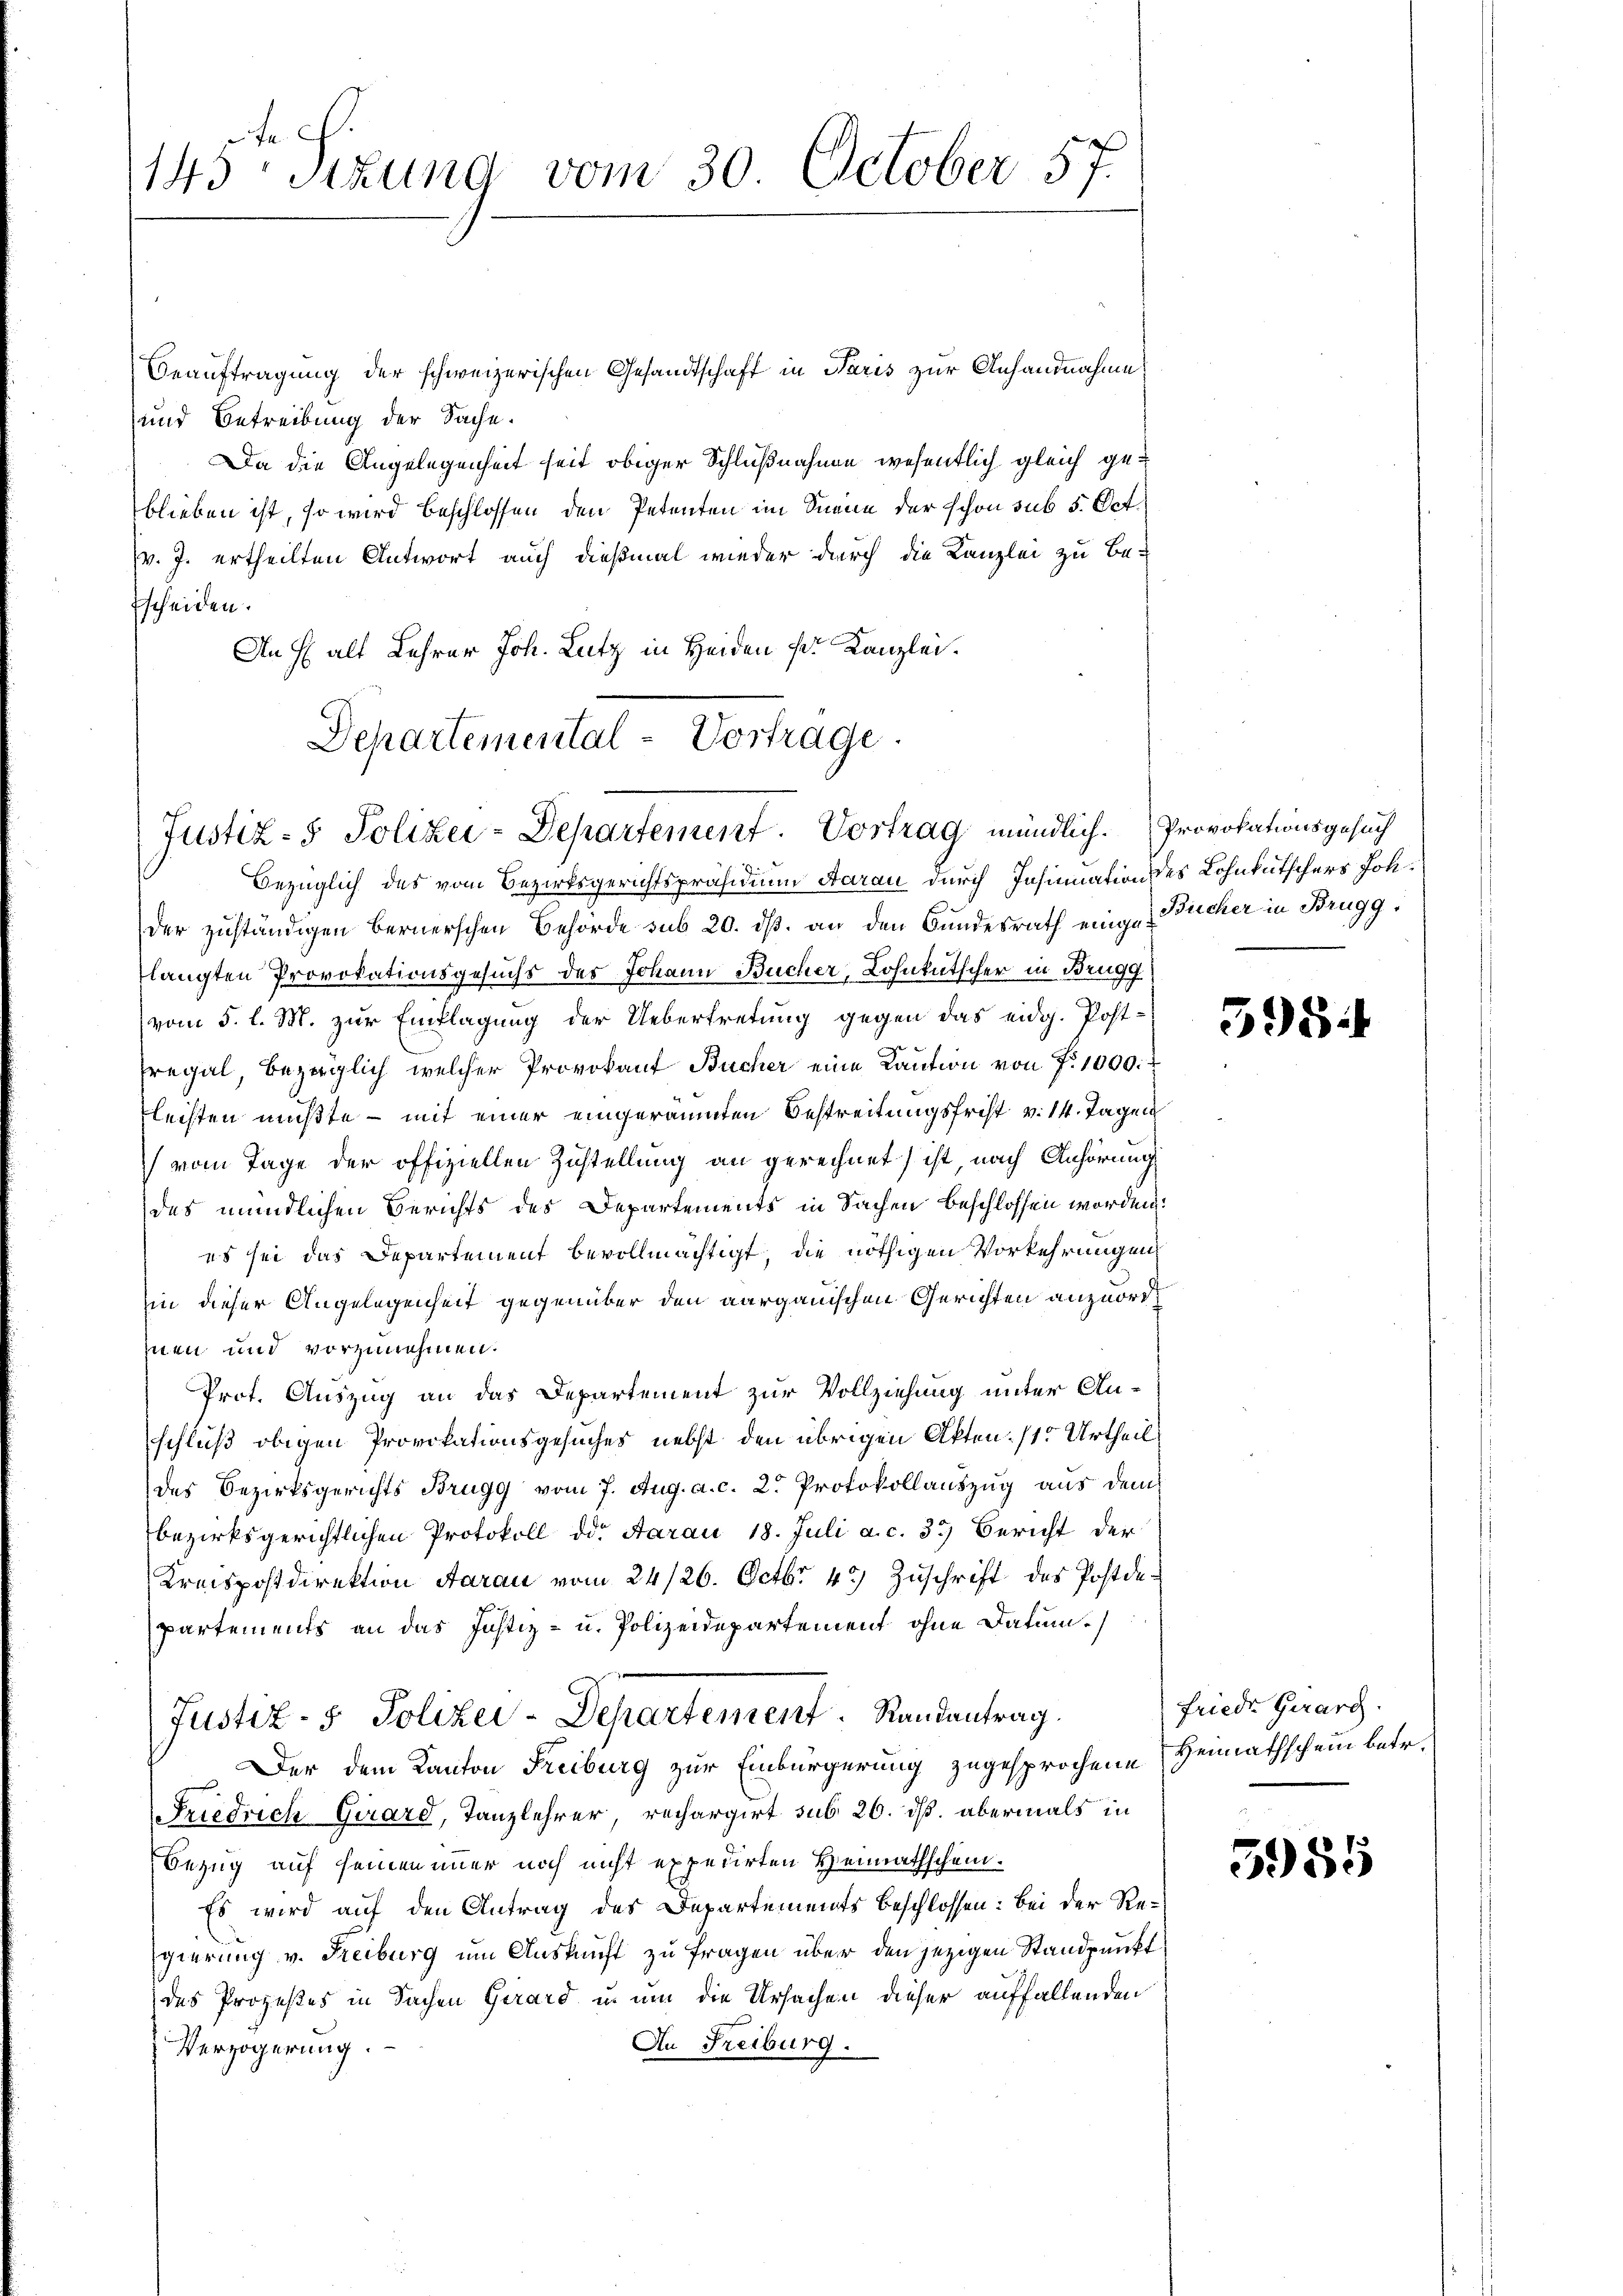
te .
143 sizung vom 30 October 57.

Beauftragung der schweizerischen Gesandtschaft in Paris zur Anhandnahme
und Betreibung der Sache.
Da die Angelegenheit seit obiger Schlußnahme wesentlich gleich geblieben ist, so wird beschlossen den Petenten im Sinne der schon sub 5. Oct.
(v. J. ertheilten Antwort auch dießmal wieder durch die Kanzlei zu Be-
Escheiden.
An Halt Lehrer Joh. Lutz in Heiden sr. Kanzlei.
Departemental-Vortrage

Justiz- & Polizei-Departement. Vortrag mündlich. Provokationsgesuch

bezüglich des vom Bezirksgerichtspräsidium Aarau durch Insinuation des Lohnkutschers Joh.
der zuständigen bernerschen Behörde sub 20. dß. an den Bundesrath einige Bücher in Brugg.
langten Provokationsgesuchs des Johann Bücher, Lohnkutscher in Brugg.
vom 5. l. M. zur Einklagung der Uebertretung gegen das eidg. Post-
Pregal bezüglich welcher Provokauf Bücher eine Kaution von Fr. 1000.
flechten mußte – mit einer eingeräumten Bestreitungsfrist v. 14. Tagen
vom Tage der offiziellen Zustellung an gerechnet) ist, nach Anhörung
des mündlichen Berichts des Departements in Sachen beschlossen worden.
es sei das Departement bevollmächtigt, die nöthigen Vorkehrungen
in dieser Angelegenheit gegenüber den aargauischen Gerichten anzuordhnen und vorzunehmen.
Prot. Auszug an das Departement zur Vollziehung unter An-
schluß obigen Provokationsgesuches nebst den übrigen Akten. /1. Urtheil
des Bezirksgerichts Brugg vom 7. Aug. a. c. 2. Protokollauszug aus dem
bezirksgerichtlichen Protokoll dd. Aarau 18. Juli a. c. 33. Bericht der
Kreispostdirektion Aarau vom 24/26. Octbr. 45) Zuschrift des Postdepartements an das Justiz- u. Polizeidepartement ohne Datum.)
Justiz- & Polizei-Departement. Randantrag.
Der dem Kanton Freiburg zur Einbürgerung zugesprochene
Friedrich Girard, Tanzlehrer, rechargirt sub 26. ds. abermals in
Bezug auf seinen immer noch nicht expedirten Heimathschein.
Es wird auf den Antrag des Departements beschlossen: bei der Regierung v. Freiburg um Auskunft zu fragen über den jezigen Standpunkt
des Prozeßes in Sachen Girard in um die Ursachen dieser auffallenden
An Freiburg.
Verzögerung.

595

friede Girard
Heimathschein betr.

5955